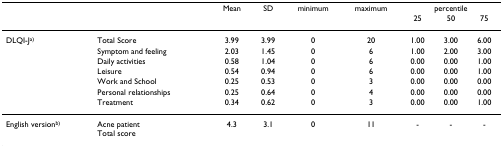
<table><thead><tr><td>[EMPTY_CELL]</td><td>[EMPTY_CELL]</td><td><b>Mean</b></td><td><b>SD</b></td><td><b>minimum</b></td><td><b>maximum</b></td><td colspan="3"><b>percentile</b></td></tr><tr><td>[EMPTY_CELL]</td><td>[EMPTY_CELL]</td><td>[EMPTY_CELL]</td><td>[EMPTY_CELL]</td><td>[EMPTY_CELL]</td><td>[EMPTY_CELL]</td><td><b>25</b></td><td><b>50</b></td><td><b>75</b></td></tr></thead><tbody><tr><td>DLQI-J<sup>a)</sup></td><td>Total Score</td><td>3.99</td><td>3.99</td><td>0</td><td>20</td><td>1.00</td><td>3.00</td><td>6.00</td></tr><tr><td>[EMPTY_CELL]</td><td>Symptom and feeling</td><td>2.03</td><td>1.45</td><td>0</td><td>6</td><td>1.00</td><td>2.00</td><td>3.00</td></tr><tr><td>[EMPTY_CELL]</td><td>Daily activities</td><td>0.58</td><td>1.04</td><td>0</td><td>6</td><td>0.00</td><td>0.00</td><td>1.00</td></tr><tr><td>[EMPTY_CELL]</td><td>Leisure</td><td>0.54</td><td>0.94</td><td>0</td><td>6</td><td>0.00</td><td>0.00</td><td>1.00</td></tr><tr><td>[EMPTY_CELL]</td><td>Work and School</td><td>0.25</td><td>0.53</td><td>0</td><td>3</td><td>0.00</td><td>0.00</td><td>0.00</td></tr><tr><td>[EMPTY_CELL]</td><td>Personal relationships</td><td>0.25</td><td>0.64</td><td>0</td><td>4</td><td>0.00</td><td>0.00</td><td>0.00</td></tr><tr><td>[EMPTY_CELL]</td><td>Treatment</td><td>0.34</td><td>0.62</td><td>0</td><td>3</td><td>0.00</td><td>0.00</td><td>1.00</td></tr><tr><td>English version<sup>b)</sup></td><td>Acne patientTotal score</td><td>4.3</td><td>3.1</td><td>0</td><td>11</td><td>-</td><td>-</td><td>-</td></tr></tbody></table>